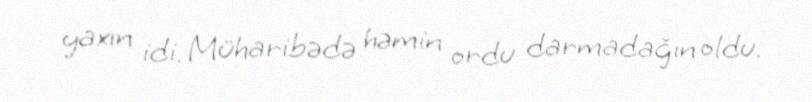
yaxın idi. Müharibədə həmin ordu darmadağın oldu.